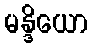
မန္ဒိယော